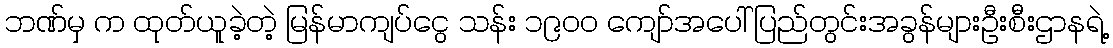
ဘဏ်မှ က ထုတ်ယူခဲ့တဲ့ မြန်မာကျပ်ငွေ သန်း ၁၉၀၀ ကျော်အပေါ် ပြည်တွင်းအခွန်များဦးစီးဌာနရဲ့